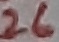
Text: 26